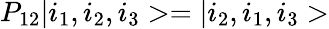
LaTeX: P_{12}|i_{1},i_{2},i_{3}>=|i_{2},i_{1},i_{3}>